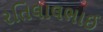
રતિલાલભાઈ